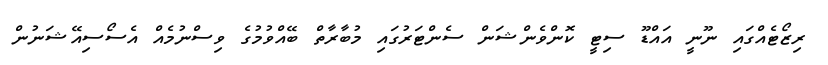
ރިޒޯޓެއްގައި ނޫނީ އައްޑޫ ސިޓީ ކޮންވެންޝަން ސެންޓަރުގައި މުބާރާތް ބޭއްވުމުގެ ވިސްނުމެއް އެސޯސިއޭޝަނުން